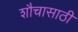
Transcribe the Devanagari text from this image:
शौचासाठी